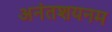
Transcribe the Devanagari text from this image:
अनंतशयनम